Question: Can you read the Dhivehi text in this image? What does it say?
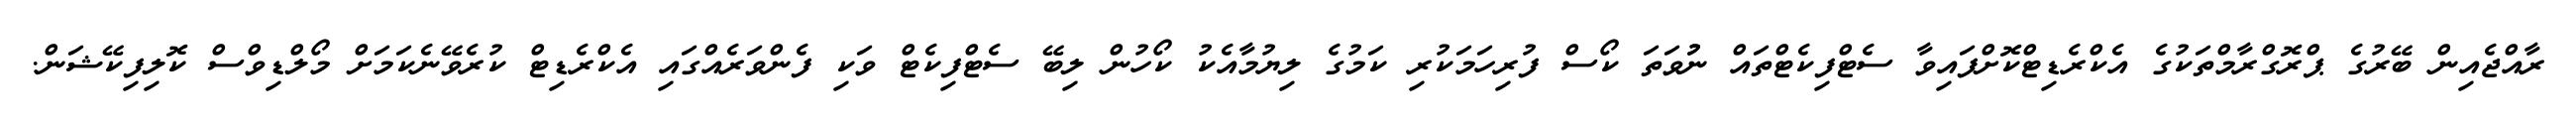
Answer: ރާއްޖެއިން ބޭރުގެ ޕްރޮގްރާމްތަކުގެ އެކްރެޑިޓްކޮށްފައިވާ ސެޓްފިކެޓްތައް ނުުވަތަ ކޯސް ފުރިހަމަކުރި ކަމުގެ ލިޔުމާއެކު ކޯހުން ލިބޭ ސެޓްފިކެޓް ވަކި ފެންވަރެއްގައި އެކްރެޑިޓް ކުރެވޭނެކަމަށް މޯލްޑިވްސް ކޮލިފިކޭޝަން.